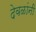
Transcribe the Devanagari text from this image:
देवळांनी